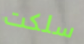
سلكت